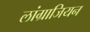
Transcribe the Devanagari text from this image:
लांग्राजियन